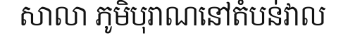
សាលា ភូមិបុរាណនៅតំបន់វាល